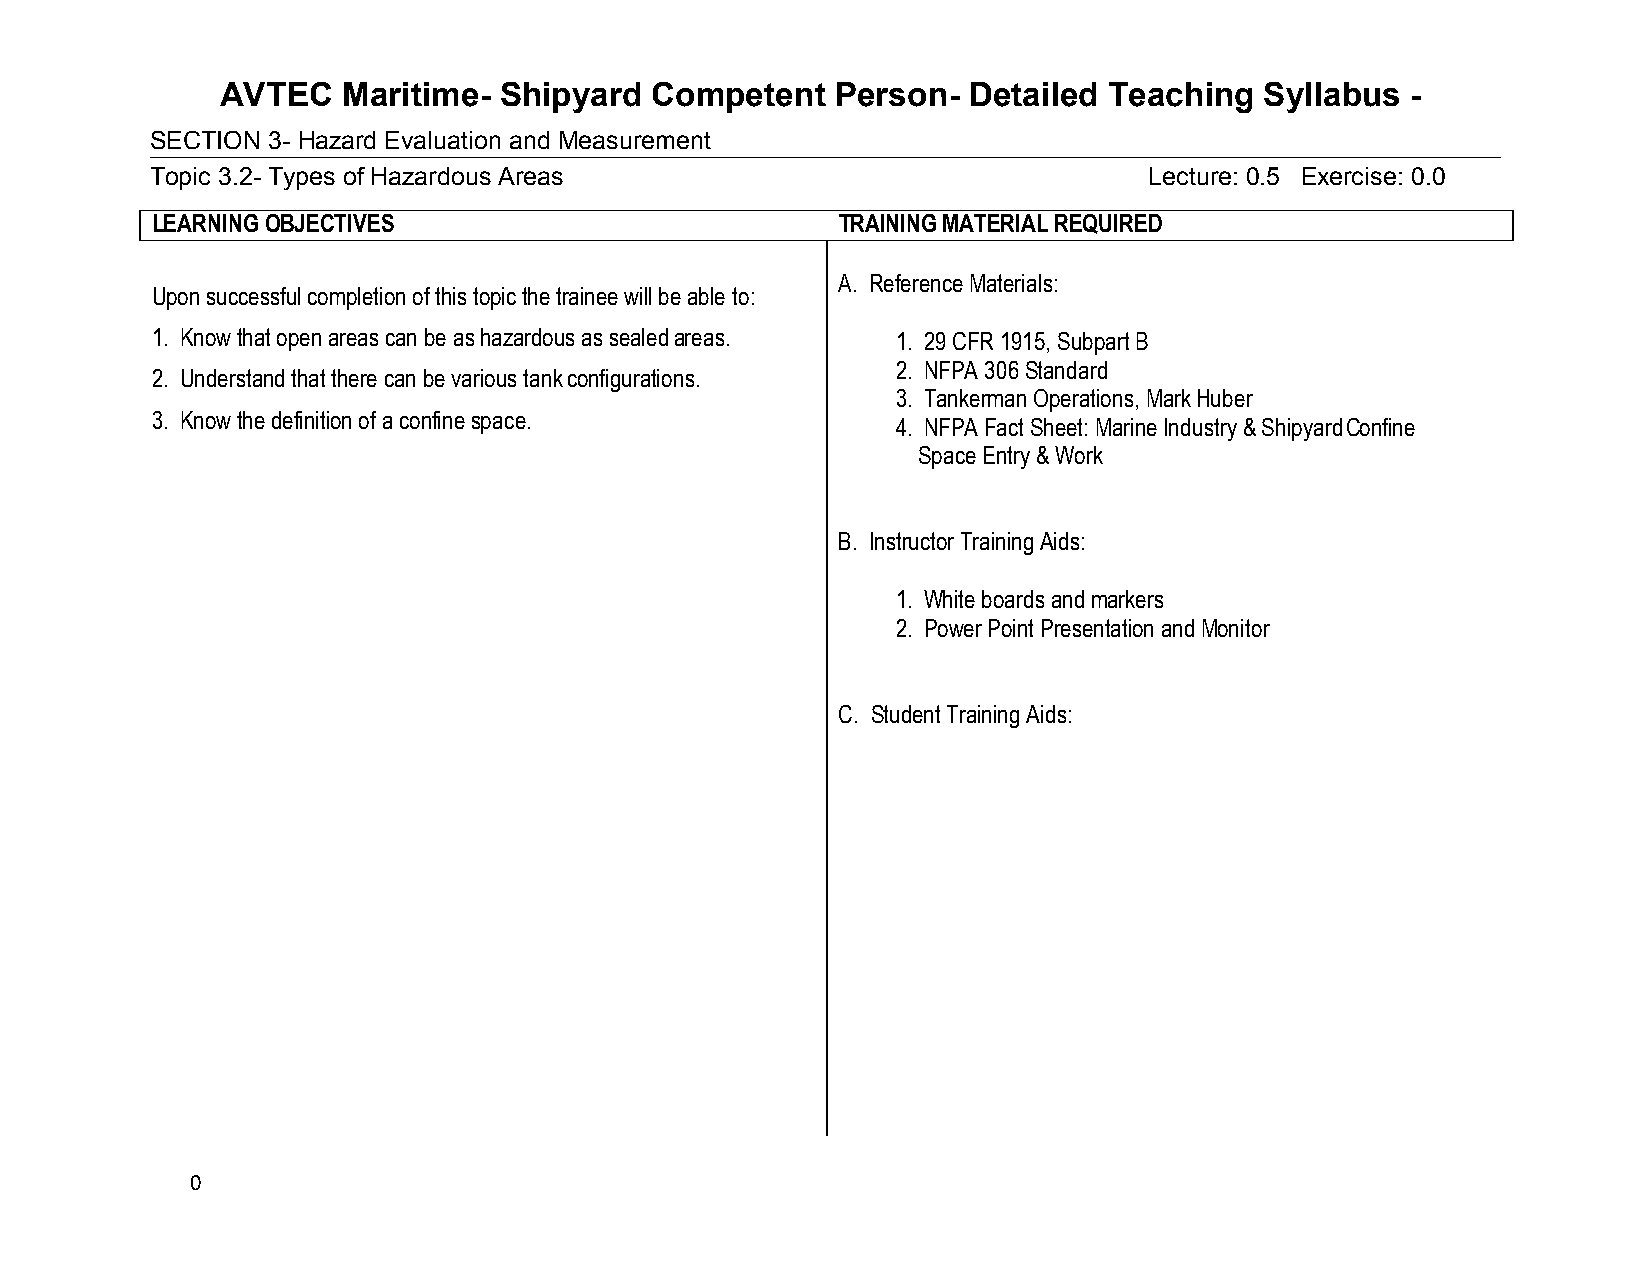
AVTEC   Maritime- Shipyard  Competent   Person-  Detailed Teaching   Syllabus -
 SECTION 3- Hazard Evaluation and Measurement
 Topic 3.2- Types of Hazardous Areas                               Lecture: 0.5 Exercise: 0.0
 LEARNING OBJECTIVES                          TRAINING MATERIAL REQUIRED
 A. Reference Materials:
 Upon successful completion of this topic the trainee will be able to:
 1. Know that open areas can be as hazardous as sealed areas. 1. 29 CFR 1915, Subpart B
 2. NFPA 306 Standard
 2. Understand that there can be various tank configurations.
 3. Tankerman Operations, Mark Huber
 3. Know the definition of a confine space.
 4. NFPA Fact Sheet: Marine Industry & Shipyard Confine
 Space Entry & Work
 B. Instructor Training Aids:
 1. White boards and markers
 2. Power Point Presentation and Monitor
 C. Student Training Aids:
 0